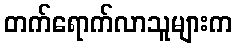
တက်ရောက်လာသူများက